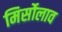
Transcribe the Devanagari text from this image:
मिर्सोलाव